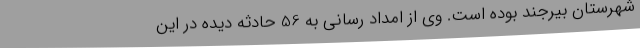
شهرستان بیرجند بوده است. وی از امداد رسانی به 56 حادثه دیده در این